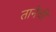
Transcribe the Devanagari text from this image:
तानेची